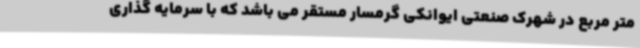
متر مربع در شهرک صنعتی ایوانکی گرمسار مستقر می باشد که با سرمایه گذاری